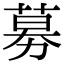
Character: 募